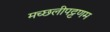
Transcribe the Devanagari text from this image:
मच्‍छलीपट्टणम